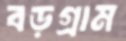
বড়গ্রাম